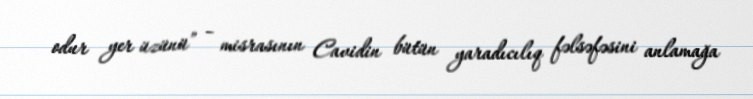
odur yer üzünü” – misrasının Cavidin bütün yaradıcılıq fəlsəfəsini anlamağa